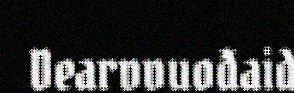
Dearvvuođaid